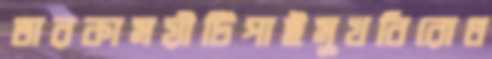
তারকাময়ীটিপাইমুখবিরোধ